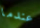
عندما